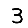
Digit: 3